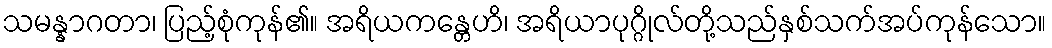
သမန္နာဂတာ၊ ပြည့်စုံကုန်၏။ အရိယကန္တေဟိ၊ အရိယာပုဂ္ဂိုလ်တို့သည်နှစ်သက်အပ်ကုန်သော။